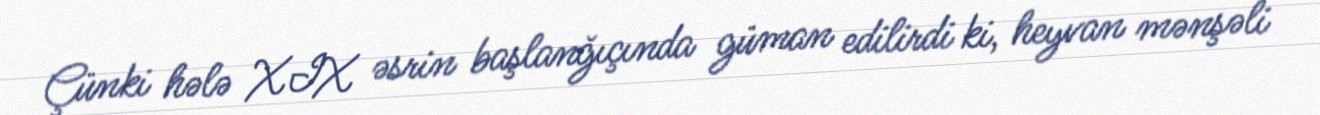
Çünki hələ XIX əsrin başlanğıçında güman edilirdi ki, heyvan mənşəli